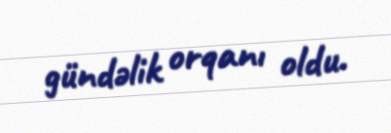
gündəlik orqanı oldu.